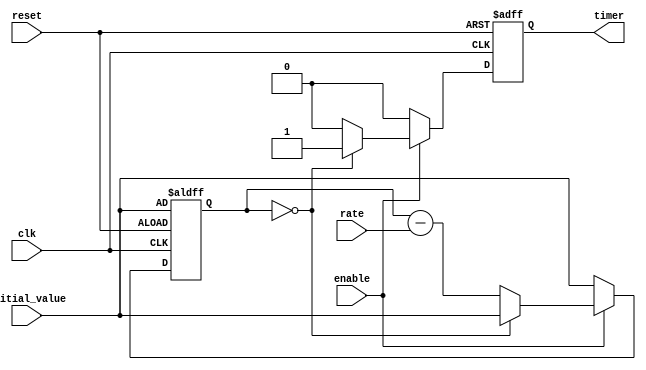
module timer_control (
  input wire clk,
  input wire reset,
  input wire enable,
  input wire [31:0] initial_value,
  input wire [7:0] rate,
  output reg timer
);

reg [31:0] count;

always @ (posedge clk or posedge reset) begin
  if (reset) begin
    count <= initial_value;
    timer <= 0;
  end else begin
    if (enable) begin
      if (count == 0) begin
        count <= initial_value;
        timer <= 1;
      end else begin
        count <= count - rate;
        timer <= 0;
      end
    end else begin
      count <= initial_value;
      timer <= 0;
    end
  end
end

endmodule